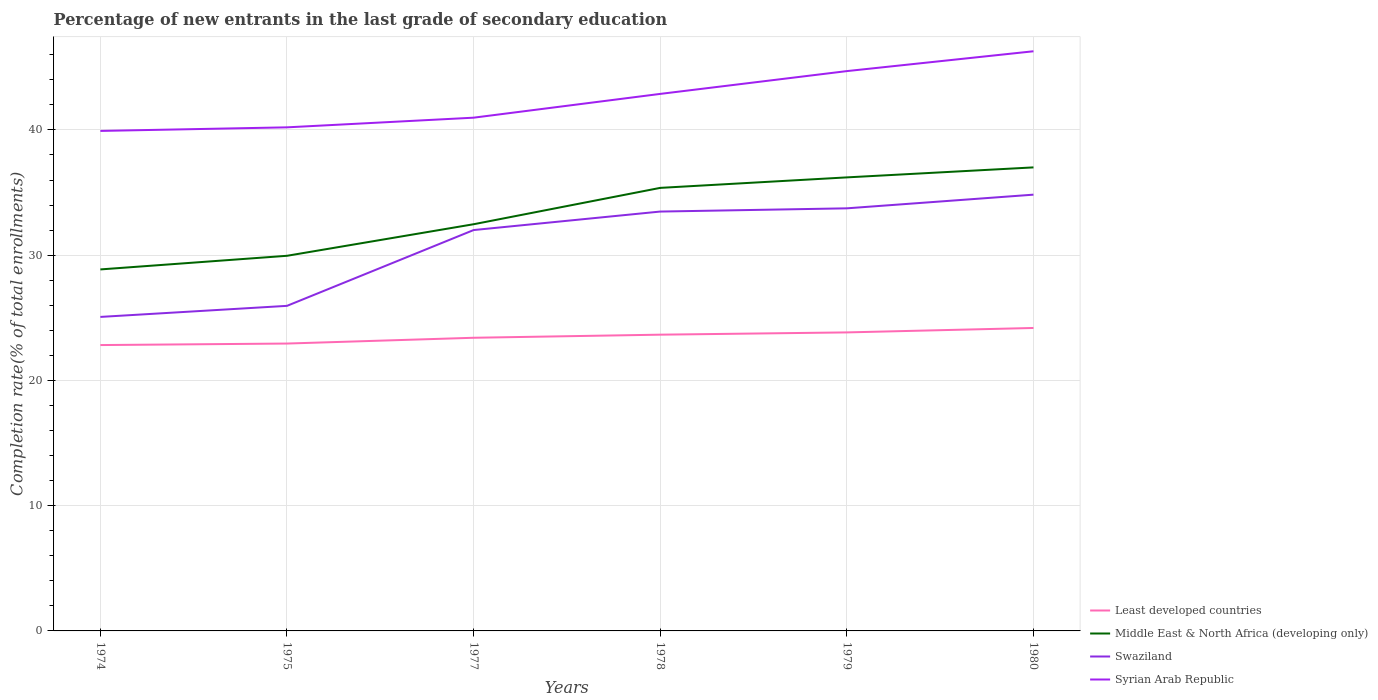
| Years | Least developed countries | Middle East & North Africa (developing only) | Swaziland | Syrian Arab Republic |
 | --- | --- | --- | --- | --- |
 | 1974 | 22.8 | 28.9 | 25.1 | 39.9 |
 | 1975 | 22.9 | 30 | 26 | 40.2 |
 | 1977 | 23.4 | 32.5 | 32 | 41 |
 | 1978 | 23.7 | 35.4 | 33.5 | 42.9 |
 | 1979 | 23.8 | 36.2 | 33.7 | 44.7 |
 | 1980 | 24.2 | 37 | 34.8 | 46.3 |